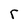
Character: r